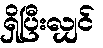
ရှိပြီးလျှင်